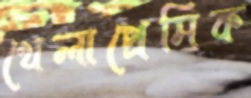
খেলাপ্রেমিক